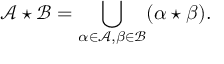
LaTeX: { \mathcal { A } } \star { \mathcal { B } } = \bigcup _ { \alpha \in { \mathcal { A } } , \beta \in { \mathcal { B } } } ( \alpha \star \beta ) .